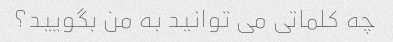
چه کلماتی می توانید به من بگویید؟